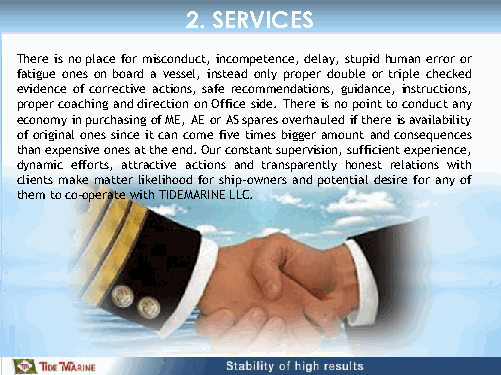
2. SERVICES
 There is no place for misconduct, incompetence, delay, stupid human error or
 fatigue ones on board a vessel, instead only proper double or triple checked
 evidence of corrective actions, safe recommendations, guidance, instructions,
 proper coaching and direction on Office side. There is no point to conduct any
 economy in purchasing of ME, AE or AS spares overhauled if there is availability
 of original ones since it can come five times bigger amount and consequences
 than expensive ones at the end. Our constant supervision, sufficient experience,
 dynamic efforts, attractive actions and transparently honest relations with
 clients make matter likelihood for ship-owners and potential desire for any of
 them to co-operate with TIDEMARINE LLC.